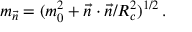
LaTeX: m _ { \vec { n } } = ( m _ { 0 } ^ { 2 } + \vec { n } \cdot \vec { n } / R _ { c } ^ { 2 } ) ^ { 1 / 2 } \, .